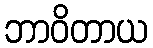
ဘာဝိတာယ